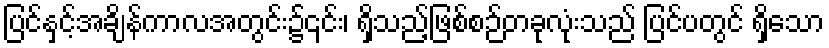
ပြင်နှင့်အချိန်ကာလအတွင်း၌၎င်း၊ ရှိသည့်ဖြစ်စဉ်တခုလုံးသည် ပြင်ပတွင် ရှိသော